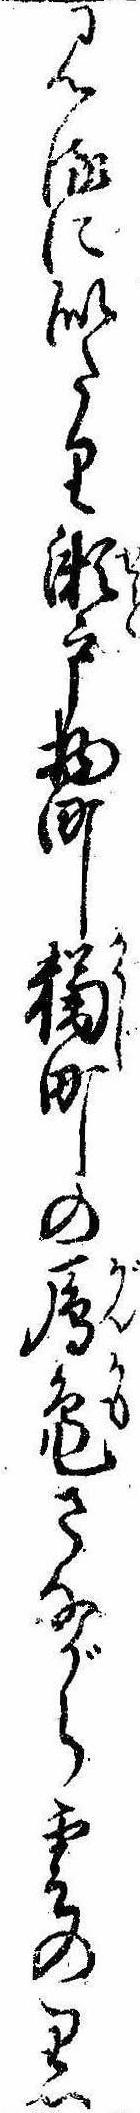
見るに似たり瀬戸物町町の雁鳧さながら雲の黒